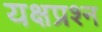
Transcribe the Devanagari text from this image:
यक्षप्रश्न